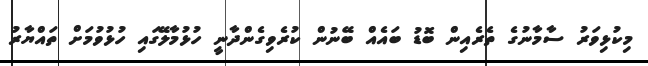
މިކުޅިވަރު ސާމާނުގެ ތެރެއިން ބޮޑު ބައެއް ބޭނުން ކުރެވިގެންދާނީ ހުޅުމާލޭގައި ހުޅުވުމަށް ތައްޔާރު